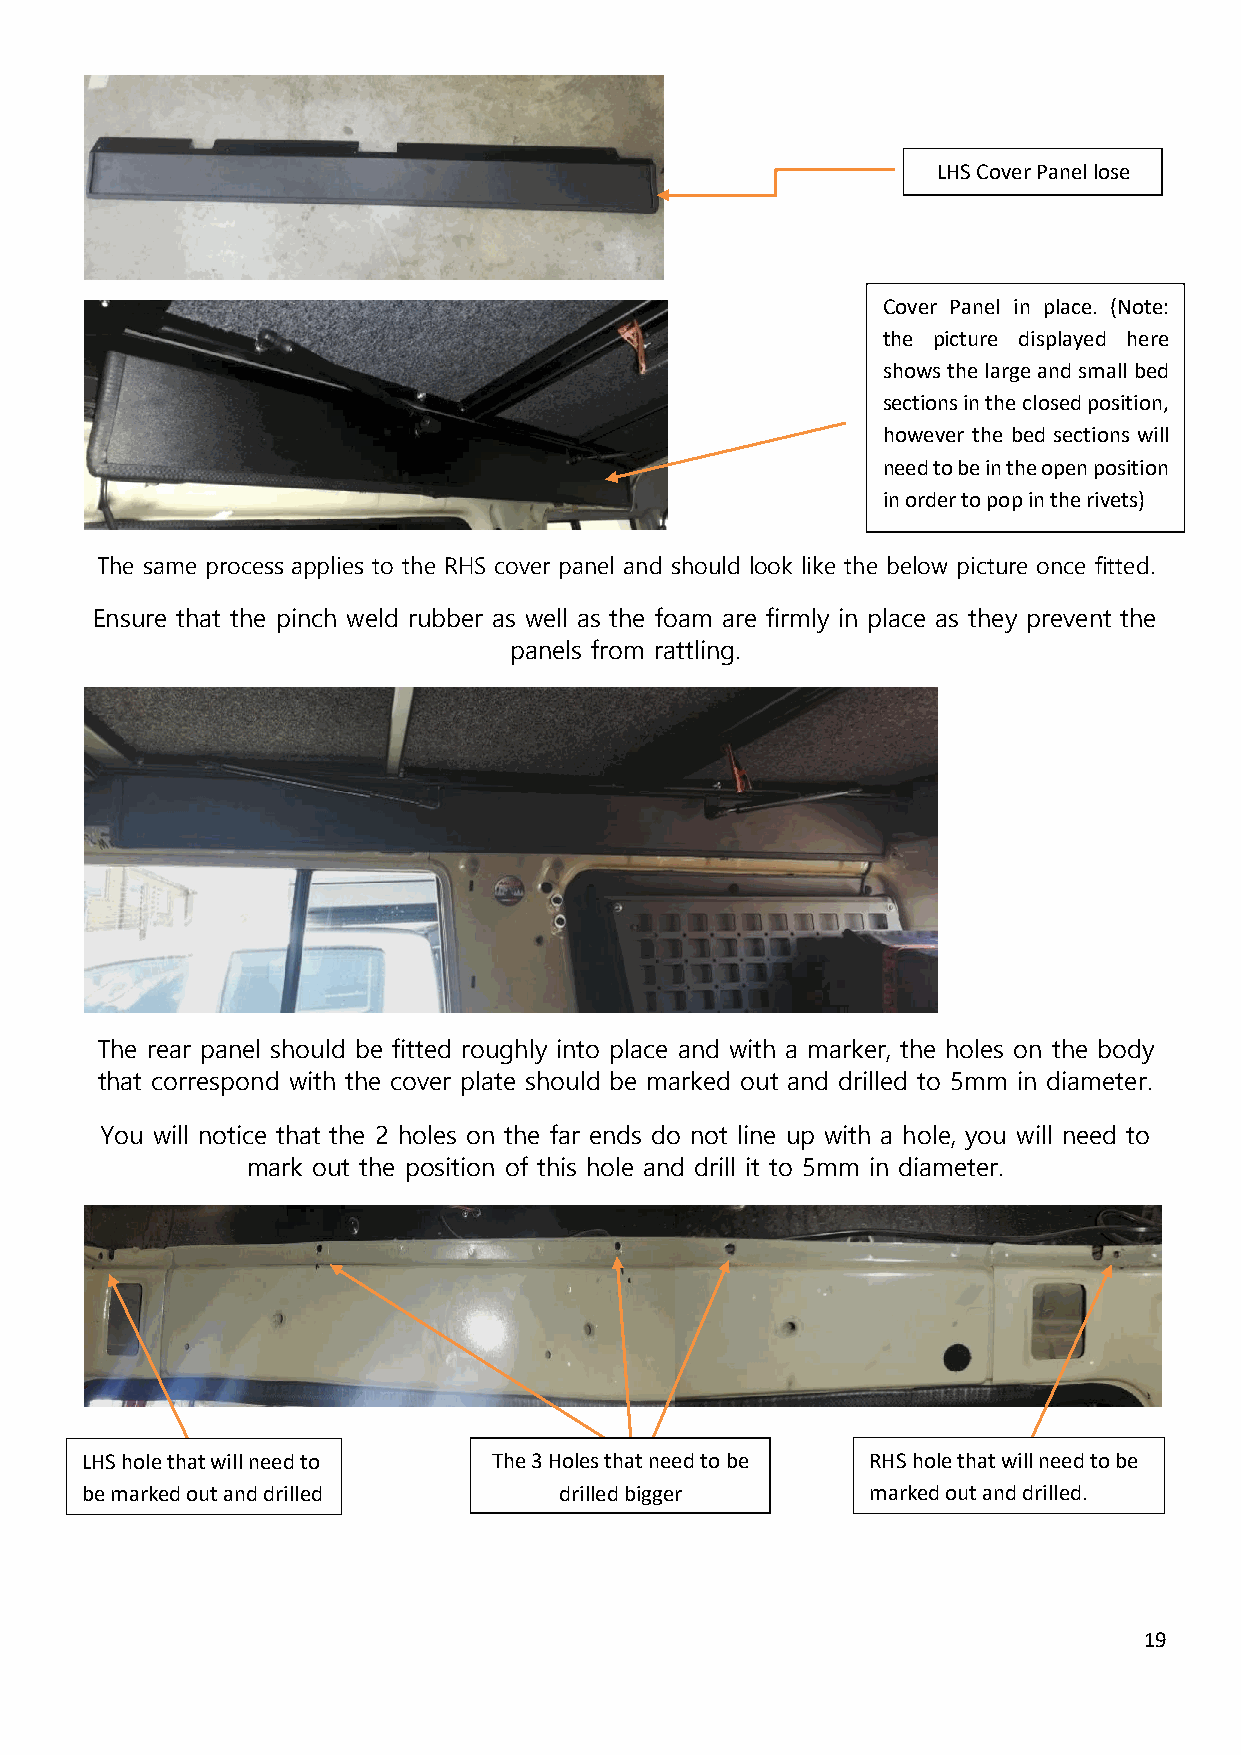
LHS Cover Panel lose
 Cover Panel in place. (Note:
 the picture displayed here
 shows the large and small bed
 sections in the closed position,
 however the bed sections will
 need to be in the open position
 in order to pop in the rivets)
 The same process applies to the RHS cover panel and should look like the below picture once fitted.
 Ensure that the pinch weld rubber as well as the foam are firmly in place as they prevent the
 panels from rattling.
 The rear panel should be fitted roughly into place and with a marker, the holes on the body
 that correspond with the cover plate should be marked out and drilled to 5mm in diameter.
 You will notice that the 2 holes on the far ends do not line up with a hole, you will need to
 mark out the position of this hole and drill it to 5mm in diameter.
 LHS hole that will need to  The 3 Holes that need to be RHS hole that will need to be
 b e marked out and drilled      drilled bigger      marked out and drilled.
 19